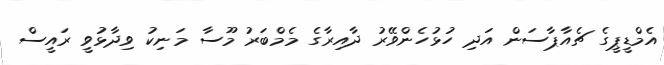
އެމްޑީޕީގެ ޗެއާޕާސަން އަދި ހުޅުހެންވޭރު ދާއިރާގެ މެމްބަރު މޫސާ މަނިކު ވިދާޅުވީ ރައީސް